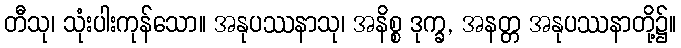
တီသု၊ သုံးပါးကုန်သော။ အနုပဿနာသု၊ အနိစ္စ ဒုက္ခ, အနတ္တ အနုပဿနာတို့၌။